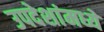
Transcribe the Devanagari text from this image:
उपदेशांमध्ये